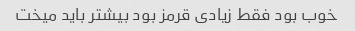
خوب بود فقط زیادی قرمز بود بیشتر باید میخت